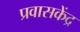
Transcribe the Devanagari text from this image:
प्रवासकेंद्र